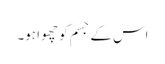
اس کے جسم کو چھوا ہو۔